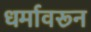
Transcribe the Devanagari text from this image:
धर्मावरून